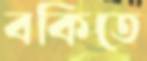
বকিতে